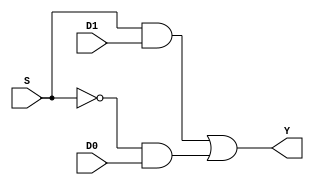
module Mux (S,D0,D1,Y);
    input S , D0 , D1;
    output Y;
    wire w1;

    not not1(w1,S);
    assign Y = (S & D1) | (w1 & D0);
    
endmodule